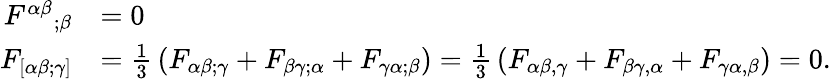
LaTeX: {\begin{array}{rl}{{F^{\alpha\beta}}_{;\beta}}&{=0}\\ {F_{[\alpha\beta;\gamma]}}&{={\frac{1}{3}}\left(F_{\alpha\beta;\gamma}+F_{\beta\gamma;\alpha}+F_{\gamma\alpha;\beta}\right)={\frac{1}{3}}\left(F_{\alpha\beta,\gamma}+F_{\beta\gamma,\alpha}+F_{\gamma\alpha,\beta}\right)=0.}\end{array}}